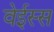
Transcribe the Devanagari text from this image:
वेईस्स